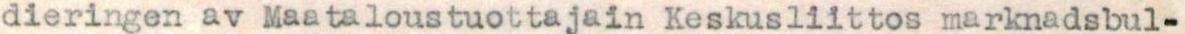
dieringen av Maataloustuottajain Keskusliittos marknadsbul-